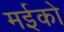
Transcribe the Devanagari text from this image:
मईको